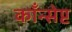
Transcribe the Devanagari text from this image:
काँन्सेप्ट